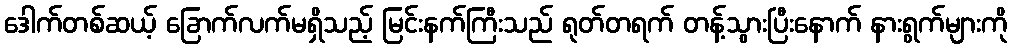
ဒေါက်တစ်ဆယ့် ခြောက်လက်မရှိသည့် မြင်းနက်ကြီးသည် ရုတ်တရက် တန့်သွားပြီးနောက် နားရွက်များကို